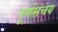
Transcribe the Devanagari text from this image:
पूर्णसंचय